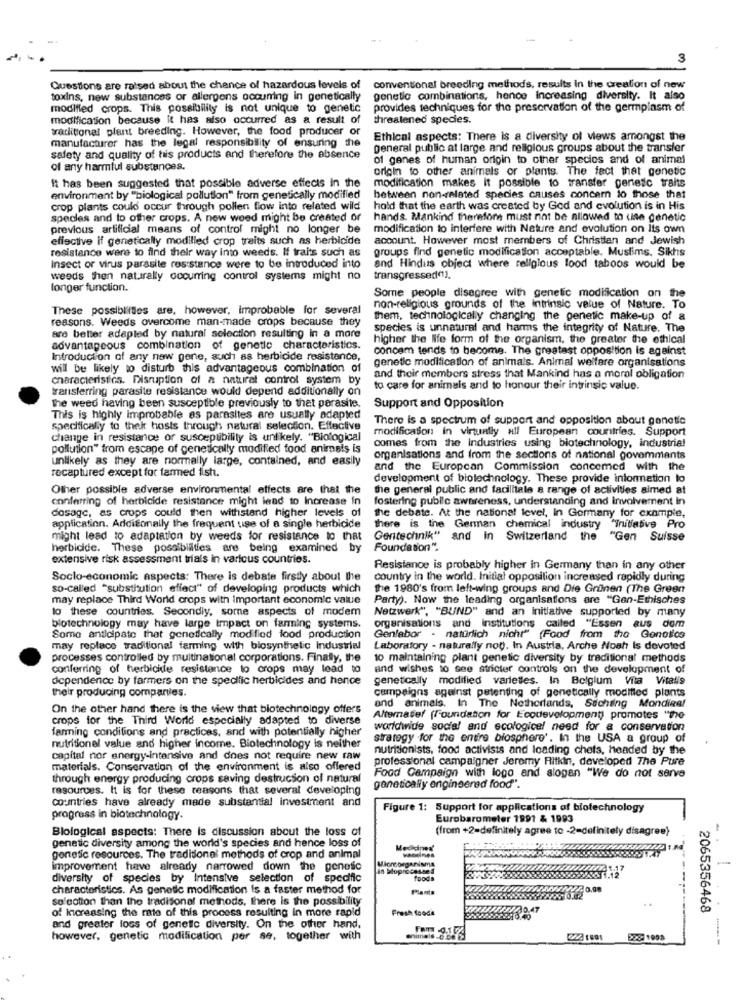
Questions are raised about the chance of hazardous levels of
conventional breeding methods, results In the creation of new
toxins, new substances or allergens occuring in genetically
genetic combinations, hence Increasing diversity. It also
modified crops. This possibility is not unique to genetic
provides techniques for the preservation of the germplasm of
modification because it has also occurred as a result of
threatened species.
traditional plant breeding. However, the food producer or
manufacturer has the legal responsibility of ensuring the
Ethical aspects: There is a diversity of views amongst the
general public at large and religious groups about the transfer
safety and quality of his products and therefore the absence
of genes of human origin to other species and of animal
of any harmful substances.
origin to other animals or plants. The fact that genetic
modification makes it possible to transfer genetic traits
it has been suggested that possible adverse effects in the
environment by ""biological pollution" from genetically modified
between non-related species causes concern lo those that
crop plants could occur through pollen flow into related wild
hold that the earth was created by Ged and evolution is in His
species and to other crops. A new weed might be created or
hands. Mankind therefore must not be allowed to use genetic
previous artificial means of control might no longer be
modification to interfere with Nature and evolution on Its own
effective if genetically modified crop traits such as herbicide
account. However most members of Christian and Jewish
resistance were to find their way into weeds. If traits such as
groups find genetic modification acceptable. Muslims. Sikhs
Insect or virus parasite resistance were to be introduced into
and Hindus object where religious lood taboos would be
weeds then naturally occurring control systems might no
transgressed().
longer function.
Some people disagree with genetic modification on the
These possibilities are, however, improbable for several
non-religious grounds of the intrinsic value of Nature. To
reasons. Weeds overcome man-made crops because they
them, technologically changing the genetic make-up of a
species is unnatural and harms the integrity of Nature. The
are better adapled by natural selection resulting in a more
higher the life form of the organism, the greater the ethical
advantageous combination of genetic characteristics.
concem tends to become. The greatest opposition is against
Introduction of any new gene, such as herbicide resistance,
genetic modification of animals. Animal welfare organisations
will be likely to disturb this advantageous combination of
characteristics. Disruption of a natural control system by
and their members stress that Mankind has a moral obligation
transferring parasite resistance would depend additionally on
to care for animals and to honour their intrinsic value.
The weed having been susceptible previously to that parasite.
Support and Opposition
This is highly improbable as parasites are usually adapted
There is a spectrum of support and opposition about genetic
specifically to thek hosts through natural selection. Effective
modification in virtually all European countries. Support
change in resistance or susceptibility is unlikely. "Biological
pollution" from escape of genetically modified food animais is
comes from the Industries using biotechnology, industrial
unlikely as they are normally large, contained, and easily
organisations and from the sections of national govemmants
recaptured except for tarmed fish.
and the European Commission concemed with the
development of biotechnology. These provide information to
Other possible adverse environmental effects are that the
the general public and facilitale a range of activities aimed at
conferring of herbicide resistance might lead to Increase in
fostering public awareness, understanding and involvement in
dosage, as crops could then withstand higher levels of
the debate. At the national level, in Germany for example,
application. Addisonally the frequent use of a single herbicide
there is the German chemical industry "Initiative Pro
might lead to adaptation by weeds for resistance to that
Gentechnik" and In Switzerland the "Gen Suisse
herbicide. These possibilities are being examined b
Foundation".
extensive risk assessment trials in various countries.
Resistance is probably higher in Germany than in any other
Socio-economic aspects: There is debate firstly about the
country in the world. Initial opposition increased rapidly during
so-called "substitution effect" of developing products which
the 1980's from left-wing groups and Die Grünen (The Green
may replace Third World crops with Important economic value
Party). Now the leading organisations are "Gen-Ethisches
to these countries. Secondly, some aspects of modem
Netzwerk", "BUND" and an initiative supported by many
biotechnology may have large Impact on farming systems.
organisations and institutions called "Essen aus dom
Some anticipate that genetically modified food production
Genlabor - natürlich nicht" (Food from the Gonotics
may replace traditional farming with biosynthetic Industrial
Laboratory - naturally not. In Austria, Arche Noah Is devoted
processes controlled by multinational corporations. Finally, the
10 maintaining plant genetic diversity by traditional methods
conferring of herbicide resistance to crops may lead to
and wishes to see stricter controls on the development of
dependence by farmers on the specific herbicides and hence
genetically modified varieties. In Belgium Vita Vitalis
their producing companies.
campaigns against petenting of genetically modified plants
On the other hand there is the view that biotechnology offers
and animals, In The Netherlands, Suchiling Mondige!
crops for the Third World especially adapted to diverse
Alternatief (foundation for Ecodevelopment) promotes "the
farming conditions and practices, and with potentially higher
worldwide social and ecologicef need for a conservation
strategy .for the entire biosphere'. In the USA a group of
nutritionel value and higher income. Biotechnology is neither
nutritionists, food activists and loading chefs, headed by the
capital nor energy-intensive and dnes not require new raw
professional campaigner Jeremy Ritkin, developed The Pure
materials. Conservation of the environment is also offered
through energy producing crops saving destruction of natural
Food Campaign with logo and slogan "We do not serve
resources. It is for these reasons that several developing
genetically engineered food".
countries have already made substantial investment and
Figure 1: Support for applications of biotechnology
progress in biotechnology.
Eurobarometer 1991 & 1993
Blological aspects: There is discussion about the loss of
(from +2=definitely agree to -2=definitely disagree)
genetic diversity among the world's species and hence loss of
Meckines'
genetic resources. The traditional methods of crop and animal
vaccines
improvement have already narrowed down the genesc
in Soprocesses
diversity of species by Intensive selection of specific
foods
-----
characteristics. As genetic modification is a faster method for
Plants
selection than the traditional methods, there is the possibility
of Increasing the rate of this process resulting In more rapid
Fresh foode
2065356468
and greater loss of genetic diversity. On the other hand,
however, genetic modification per se, together with